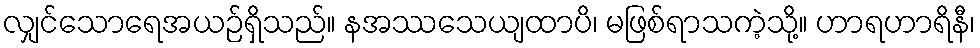
လျှင်သောရေအယဉ်ရှိသည်။ နအဿသေယျထာပိ၊ မဖြစ်ရာသကဲ့သို့။ ဟာရဟာရိနီ၊